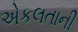
એકલતાની